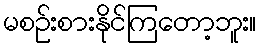
မစဉ်းစားနိုင်ကြတော့ဘူး။